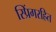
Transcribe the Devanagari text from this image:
स्प्रिंगरहित